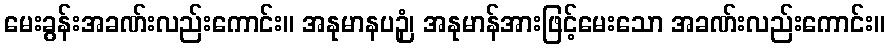
မေးခွန်းအခဏ်းလည်းကောင်း။ အနုမာနပဉှံ၊ အနုမာန်အားဖြင့်မေးသော အခဏ်းလည်းကောင်း။